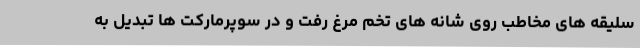
سلیقه های مخاطب روی شانه های تخم مرغ رفت و در سوپرمارکت ها تبدیل به